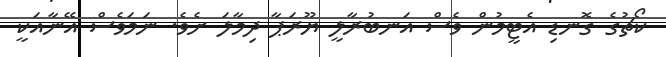
ކޯޗުގެ ގޮނޑި އެޓީމުން ވެސް އަނބުރާލީ ޔޫރަޕާ ދިމާލަ ށެވެ. ނަމަވެސް އޭނާއަކީ